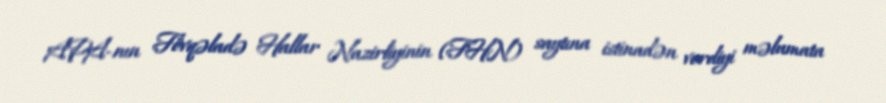
APA-nın Fövqəladə Hallar Nazirliyinin (FHN) saytına istinadən verdiyi məlumata